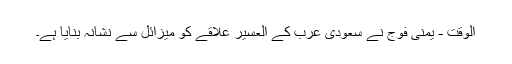
الوقت - یمنی فوج نے سعودی عرب کے العسیر علاقے کو میزائل سے نشانہ بنایا ہے۔